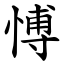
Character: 愽